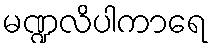
မဏ္ဍလိပါကာရေ